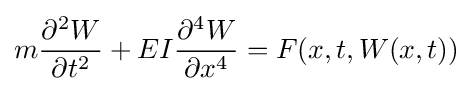
m{\partial ^{2}W \over \partial t^{2}}+EI{\partial ^{4}W \over \partial x^{4}}=F(x,t,W(x,t))